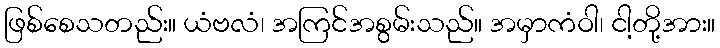
ဖြစ်စေသတည်း။ ယံဗလံ၊ အကြင်အစွမ်းသည်။ အမှာကံဝါ၊ ငါ့တို့အား။